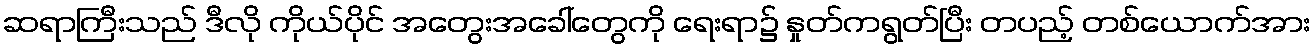
ဆရာကြီးသည် ဒီလို ကိုယ်ပိုင် အတွေးအခေါ်တွေကို ရေးရာ၌ နှုတ်ကရွတ်ပြီး တပည့် တစ်ယောက်အား